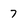
Character: 7